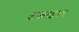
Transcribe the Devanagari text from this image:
इन्क्वाइरर